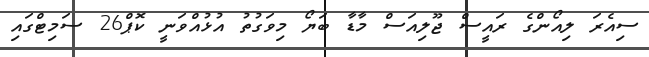
ސިއެރަ ލިއޯންގެ ރައީސް ޖޫލިއަސް މާޑާ ބަޔޯ މިވަގުތު އުޅުއްވަނީ ކޮޕް26 ސަމިޓްގައި